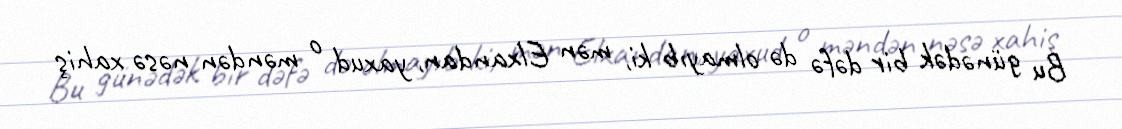
Bu günədək bir dəfə də olmayıb ki, mən Elxandan, yaxud o məndən nəsə xahiş